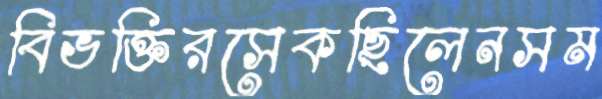
বিভক্তিরসেকছিলেনসম